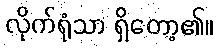
လိုက်ရုံသာ ရှိတော့၏။